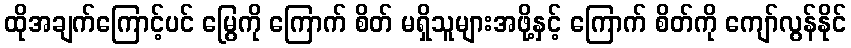
ထိုအချက်ကြောင့်ပင် မြွေကို ကြောက် စိတ် မရှိသူများအဖို့နှင့် ကြောက် စိတ်ကို ကျော်လွန်နိုင်